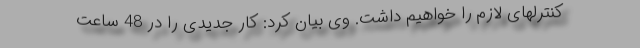
کنترلهای لازم را خواهیم داشت. وی بیان کرد: کار جدیدی را در 48 ساعت